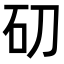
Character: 𥐛